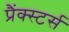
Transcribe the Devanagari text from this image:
प्रैंक्स्टर्स